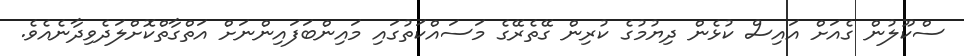
ސްކޫލުން ގެއަށް އައިސް ކުޅެން ދިޔުމުގެ ކުރިން ގޭތެރޭގެ މަސައްކަތުގައި މައިންބަފައިންނަށް އަތްގާތްކޮށްލަދެވިދާނެއެވެ.